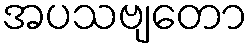
အပသဗျတော